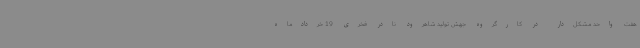
هفت واحد مشکل‌دار در کارگروه جهش تولید شاهرود نادر فخری 19 خردادماه